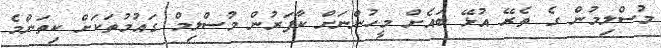
މުސްލިމުން ގެ ތެރޭ އުޅޭ ބައެށް މީހުންނަށް ކާފަރުން މުސްލިމް ގައުމުތަކަަށް ކިތަންމެ